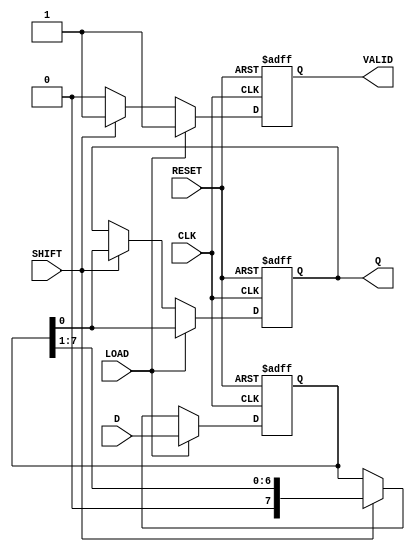
module PISO #(
    parameter n = 8  // Parameter for the width of the register
)(
    input  wire [n-1:0] D,      // Parallel data input
    input  wire LOAD,            // Load signal
    input  wire SHIFT,           // Shift signal
    input  wire CLK,             // Clock signal
    input  wire RESET,           // Reset signal
    output reg  Q,               // Serial output
    output reg  VALID            // Shifted data valid signal
);

    reg [n-1:0] SR;              // Internal shift register

    always @(posedge CLK or posedge RESET) begin
        if (RESET) begin
            SR <= {n{1'b0}};      // Clear the shift register to 0
            Q <= 1'b0;           // Clear the serial output
            VALID <= 1'b0;       // Clear the valid signal
        end else begin
            if (LOAD) begin
                SR <= D;          // Load parallel data into the shift register
                Q <= SR[0];       // Output the LSB
                VALID <= 1'b1;    // Indicate valid data is available
            end else if (SHIFT) begin
                Q <= SR[0];       // Output the LSB
                SR <= {1'b0, SR[n-1:1]}; // Shift right and fill MSB with 0
                VALID <= 1'b1;    // Indicate valid data is available
            end else begin
                VALID <= 1'b0;     // No valid data if neither LOAD nor SHIFT is active
            end
        end
    end

endmodule